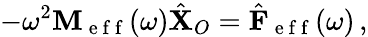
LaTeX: -\omega^{2}\mathbf{M}_{\mathrm{~e~f~f~}}(\omega)\hat{\mathbf{X}}_{O}=\hat{\mathbf{F}}_{\mathrm{~e~f~f~}}(\omega)\, ,